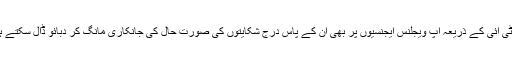
آر ٹی آئی کے ذریعہ آپ ویجلنس ایجنسیوں پر بھی ان کے پاس درج شکایتوں کی صورت حال کی جانکاری مانگ کر دبائو ڈال سکتے ہیں۔